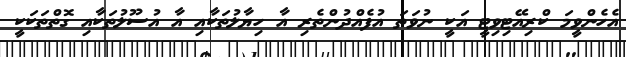
އެހެންވީމަ ކްރިއޭޓިވިޓީ އަކީ ނުވަތަ އުފެއްދުންތެރި އާ ހިޔާލުތަކާއި އާ އުސޫލުތަކާއި ގޮތްތަކަކީ